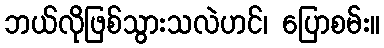
ဘယ်လိုဖြစ်သွားသလဲဟင်၊ ပြောစမ်း။